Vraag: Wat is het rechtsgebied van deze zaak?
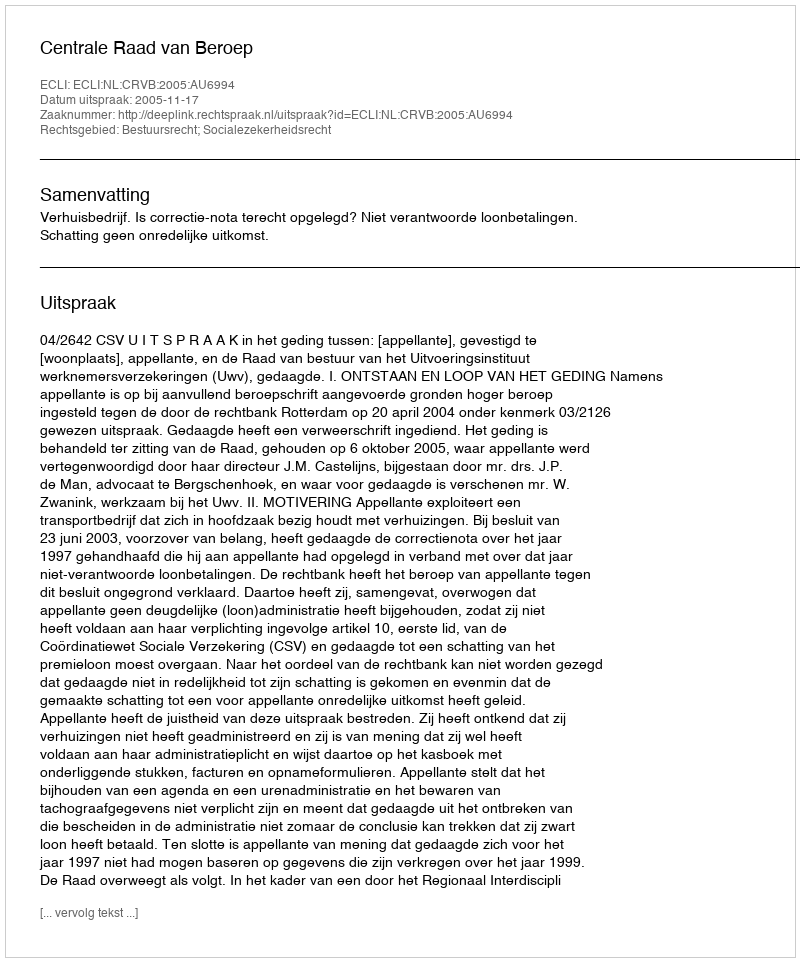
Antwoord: Bestuursrecht; Socialezekerheidsrecht